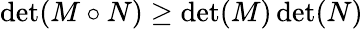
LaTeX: \operatorname*{det}(M\circ N)\geq\operatorname*{det}(M)\operatorname*{det}(N)